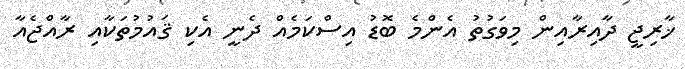
ޚާރިޖީ ދާއިރާއިން މިވަގުތު އެންމެ ބޮޑު އިސްކަމެއް ދެނީ އެކި ޤައުމުތަކާއި ރާއްޖެއާ